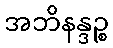
အဘိနန္ဒဉ္စ